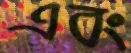
এবং